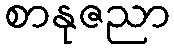
စာနုဇညာ